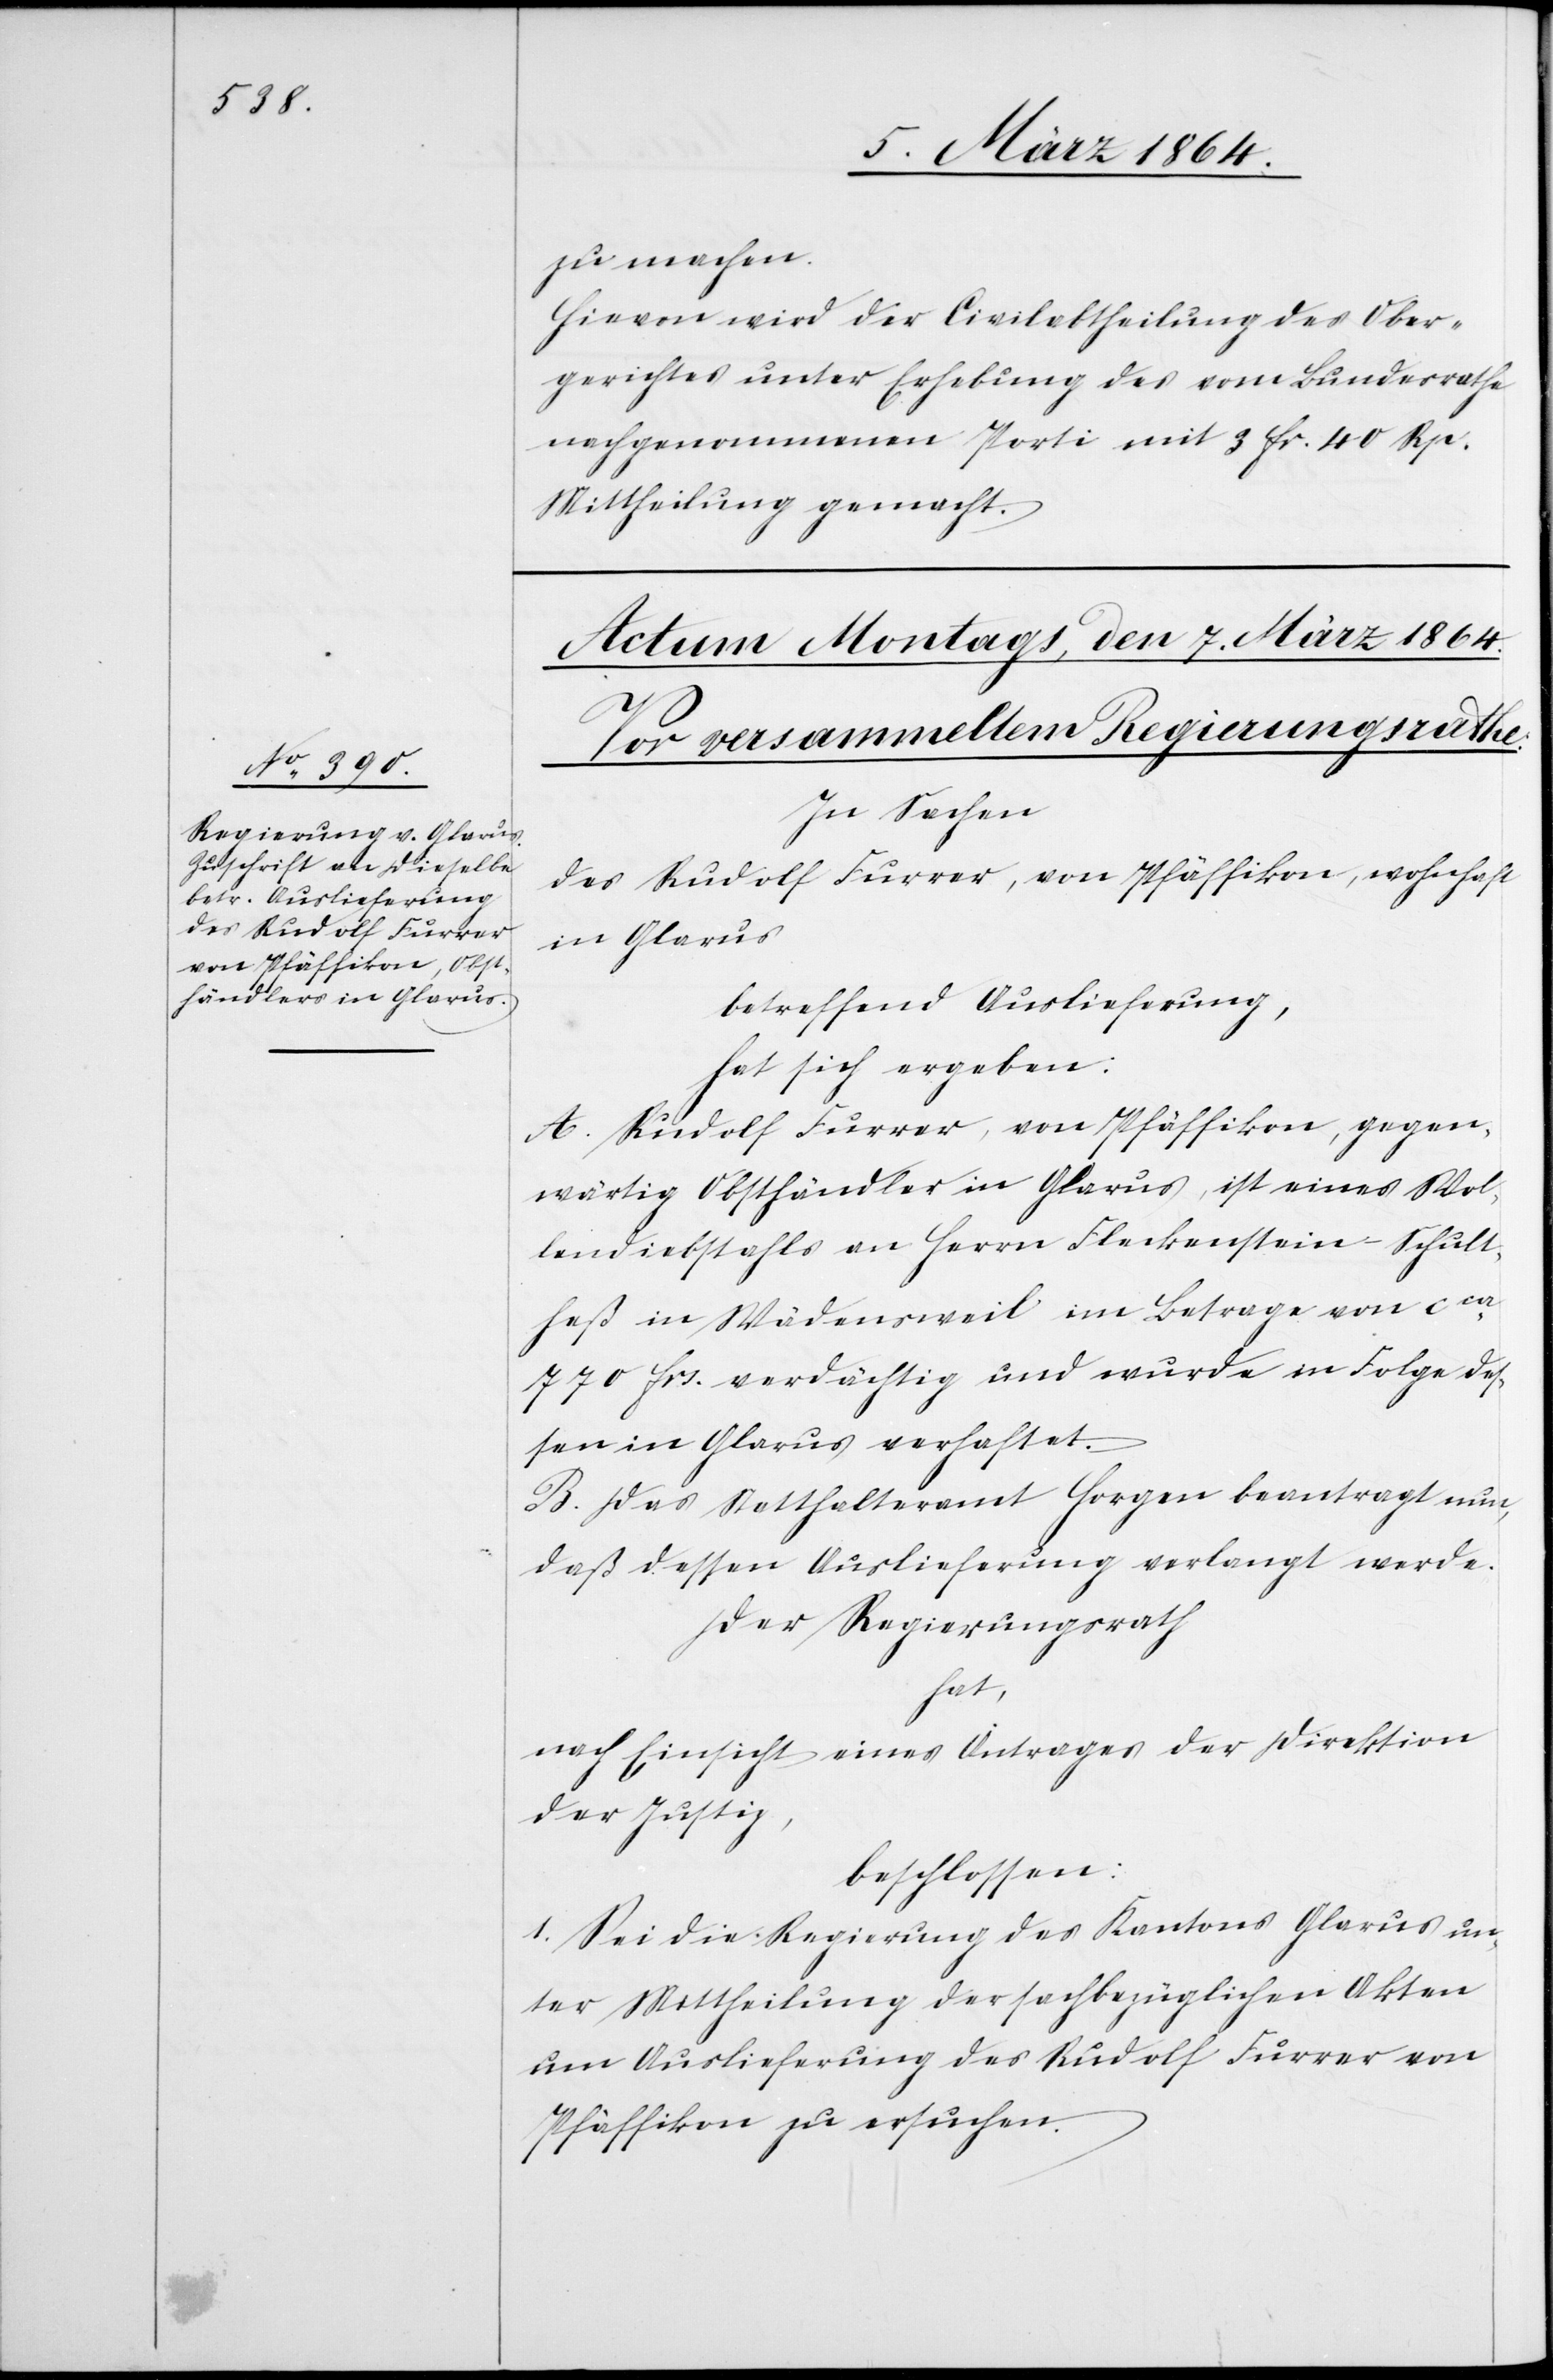
zu machen.
Hievon wird der Civilabtheilung des Ober¬
gerichtes unter Erhebung des vom Bundesrathe
nachgenommenen Porti mit 3 fr. 40 Rp.
Mittheilung gemacht.
In Sachen
des Rudolf Furrer, von Pfäffikon, wohnhaft
in Glarus
betreffend Auslieferung,
hat sich ergeben:
A. Rudolf Furrer, von Pfäffikon, gegen¬
wärtig Obsthändler in Glarus, ist eines Wol¬
lendiebstahls an Herrn Fleckenstein Schult¬
heß in Wädensweil im Betrage von cca
770 frs. verdächtig und wurde in Folge des¬
sen in Glarus verhaftet.
B. Das Statthalteramt Horgen beantragt nun,
daß dessen Auslieferung verlangt werde.
Der Regierungsrath
hat,
nach Einsicht eines Antrages der Direktion
der Justiz,
beschlossen:
I. Sei die Regierung des Kantons Glarus un¬
ter Mittheilung der sachbezüglichen Akten
um Auslieferung des Rudolf Furrer von
Pfäffikon zu ersuchen.